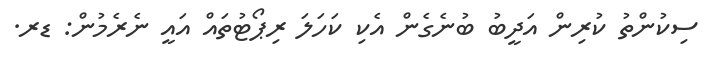
ސިކުންތު ކުރިން އަދީބު ބުނެގެން އެކި ކަހަލަ ރިޕޯޓުތައް އައީ ނެރެމުން: ޑރ.